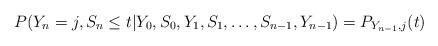
LaTeX: \begin{align*} P(Y_n = j,S_n\le t| Y_0,S_0,Y_1,S_1,\ldots,S_{n-1},Y_{n-1}) = P_{Y_{n-1},j}(t)\end{align*}